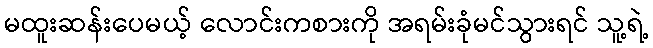
မထူးဆန်းပေမယ့် လောင်းကစားကို အရမ်းခုံမင်သွားရင် သူ့ရဲ့